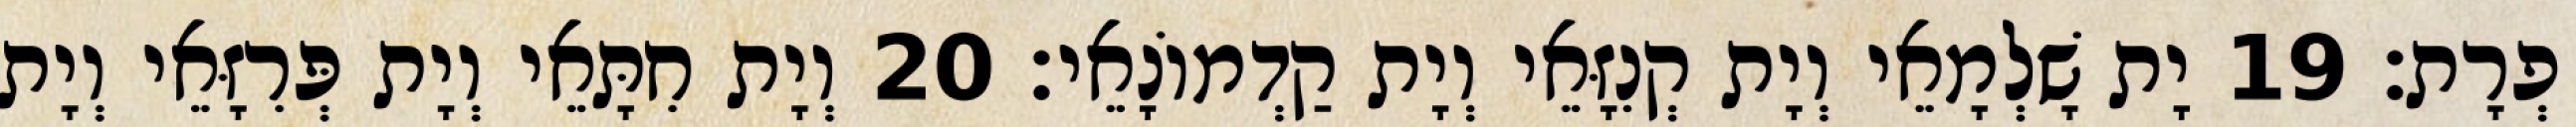
פְרָת׃ 19 יָת שָׁלְמָאֵי וְיָת קְנִזָּאֵי וְיָת קַדְמוֹנָאֵי׃ 20 וְיָת חִתָּאֵי וְיָת פְּרִזָּאֵי וְיָת